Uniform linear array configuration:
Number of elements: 4
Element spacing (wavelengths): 1
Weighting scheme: blackman
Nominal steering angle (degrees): -30
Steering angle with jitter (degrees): -31.11
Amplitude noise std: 0.05
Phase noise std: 0.05

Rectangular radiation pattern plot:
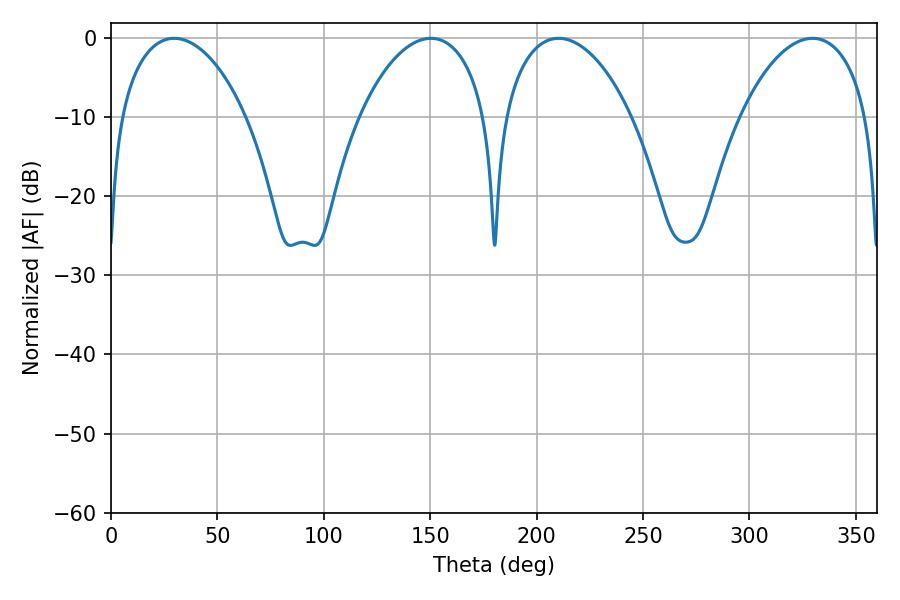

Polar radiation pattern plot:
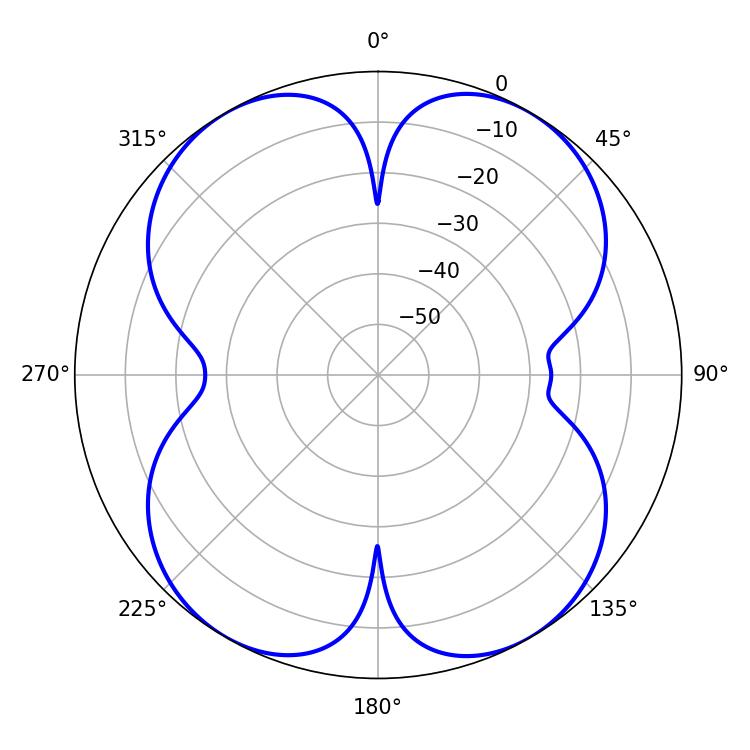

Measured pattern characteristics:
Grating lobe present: TRUE
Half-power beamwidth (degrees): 33.84
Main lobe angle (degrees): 29.7